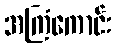
အကြံကောင်း